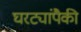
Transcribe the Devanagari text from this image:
घरट्यांपैकी